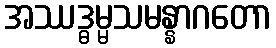
အဿဒ္ဓမ္မသမန္နာဂတော